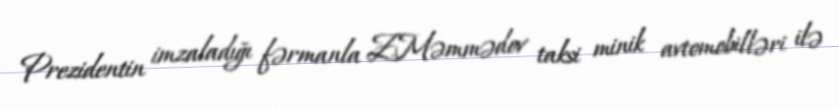
Prezidentin imzaladığı fərmanla Z.Məmmədov taksi minik avtomobilləri ilə